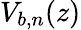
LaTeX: V_{b,n}(z)